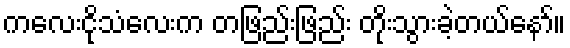
ကလေးငိုသံလေးက တဖြည်းဖြည်း တိုးသွားခဲ့တယ်နော်။